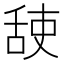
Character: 𦧜